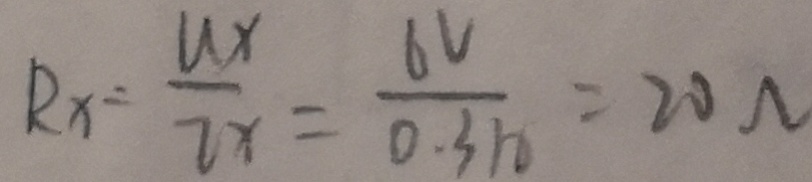
R x = \frac { u x } { 2 x } = \frac { 6 V } { 0 . 3 h } = 2 0 \Omega